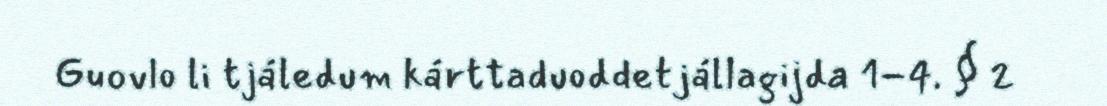
Guovlo li tjáledum kárttaduoddetjállagijda 1-4. § 2